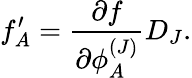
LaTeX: f_{A}^{\prime}=\frac{\partial f}{\partial\phi_{A}^{(J)}}D_{J}.